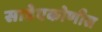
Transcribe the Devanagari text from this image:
साडेएकोणीस